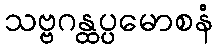
သဗ္ဗဂန္ထပ္ပမောစနံ